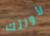
لأولئك